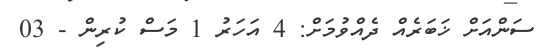
ސަންއަށް ޚަބަރެއް ދެއްވުމަށް: 4 އަހަރު 1 މަސް ކުރިން - 03